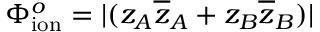
\Phi _ { \mathrm { i o n } } ^ { o } = | ( z _ { A } \overline { { z } } _ { A } + z _ { B } \overline { { z } } _ { B } ) |